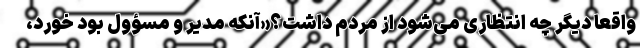
واقعا دیگر چه انتظاری می‌شود از مردم داشت؟«آنکه مدیر و مسؤول بود خورد،